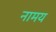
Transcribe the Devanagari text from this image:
नामय